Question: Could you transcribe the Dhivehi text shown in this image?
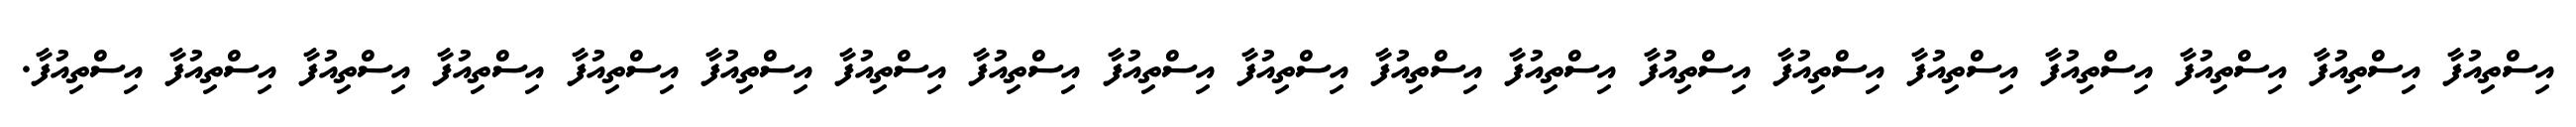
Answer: އިސްތިއުފާ އިސްތިއުފާ އިސްތިއުފާ އިސްތިއުފާ އިސްތިއުފާ އިސްތިއުފާ އިސްތިއުފާ އިސްތިއުފާ އިސްތިއުފާ އިސްތިއުފާ އިސްތިއުފާ އިސްތިއުފާ އިސްތިއުފާ އިސްތިއުފާ އިސްތިއުފާ އިސްތިއުފާ އިސްތިއުފާ އިސްތިއުފާ އިސްތިއުފާ.